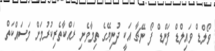
ވޯލްޑް ވައިލްޑް ފަންޑް ފޯ ނޭޗާ އަކީ ދުނިޔޭގެ ތިމާވެށި ރައްކާތެރިކުރުމަށް މަސައްކަތް